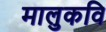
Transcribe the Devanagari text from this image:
मालुकवि